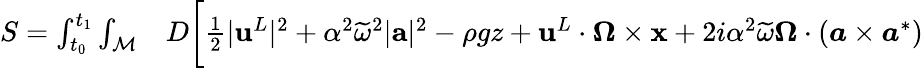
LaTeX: \begin{array}{rl}{S=\int_{t_{0}}^{t_{1}}\int_{\mathcal{M}}}&{{}{D}\bigg[\frac 12|{\mathbf{u}}^{L}|^{2}+\alpha^{2}\widetilde{\omega}^{2}|{\mathbf{a}}|^{2}-\rho gz+{\mathbf{u}}^{L}\cdot\boldsymbol{\Omega}\times{\mathbf{x}}+2i\alpha^{2}\widetilde{\omega}\boldsymbol{\Omega}\cdot(\boldsymbol{a}\times\boldsymbol{a}^{*})}\end{array}